Plague in India, 1896, 1897 - Volume 2
Year: 1896
Disease focus: Plague
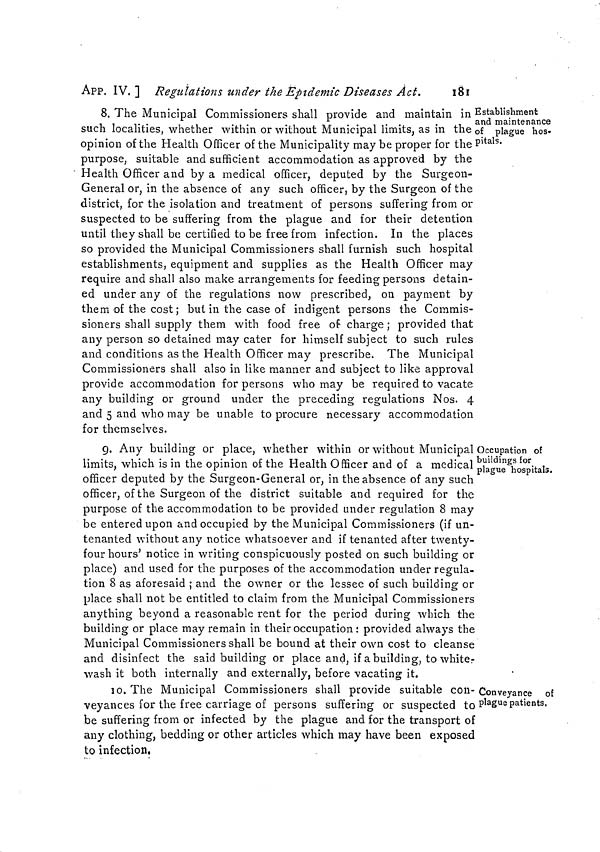
App. IV. ] Regulations under the Epidemic Diseases Act.
181
Establishment
and maintenance
of plague hos-
pitals.
8. The Municipal Commissioners shall provide and maintain in
such localities, whether within or without Municipal limits, as in the
opinion of the Health Officer of the Municipality may be proper for the I
purpose, suitable and sufficient accommodation as approved by the
Health Officer and by a medical officer, deputed by the Surgeon-
General or, in the absence of any such officer, by the Surgeon of the
district, for the isolation and treatment of persons suffering from or
suspected to be suffering from the plague and for their detention
until they shall be certified to be free from infection. In the places
so provided the Municipal Commissioners shall furnish such hospital
establishments, equipment and supplies as the Health Officer may
require and shall also make arrangements for feeding persons detain-
ed under any of the regulations now prescribed, on payment by
them of the cost ; but in the case of indigent persons the Commis-
sioners shall supply them with food free of charge ; provided that
any person so detained may cater for himself subject to such rules
and conditions as the Health Officer may prescribe. The Municipal
Commissioners shall also in like manner and subject to like approval
provide accommodation for persons who may be required to vacate
any building or ground under the preceding regulations Nos. 4
and 5 and who may be unable to procure necessary accommodation
for themselves.
Occupation of
buildings for
plague hospitals.
9. Any building or place, whether within or without Municipal
limits, which is in the opinion of the Health Officer and of a medical
officer deputed by the Surgeon-General or, in the absence of any such
officer, of the Surgeon of the district suitable and required for the
purpose of the accommodation to be provided under regulation 8 may
be entered upon and occupied by the Municipal Commissioners (if tin-
tenanted without any notice whatsoever and if tenanted after twenty-
four hours' notice in writing conspicuously posted on such building or
place) and used for the purposes of the accommodation under regula-
tion 8 as aforesaid ; and the owner or the lessee of such building or
place shall not be entitled to claim from the Municipal Commissioners
anything beyond a reasonable rent for the period during which the
building or place may remain in their occupation : provided always the
Municipal Commissioners shall be bound at their own cost to cleanse
and disinfect the said building or place and, if a building, to whiter
wash it both internally and externally, before vacating it.
Conveyance
of
plague patients.
10. The Municipal Commissioners shall provide suitable con-
veyances for the free carriage of persons suffering or suspected to
be suffering from or infected by the plague and for the transport of
any clothing, bedding or other articles which may have been exposed
to infection,